Punjab Mental Hospital Lahore 1932-46 - 1932-1946
Year: 1932
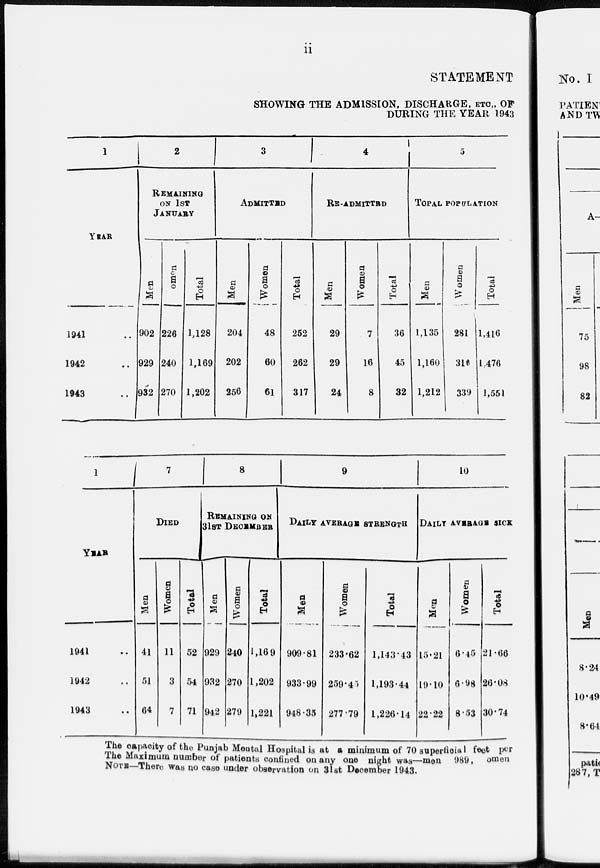
ii
STATEMENT
SHOWING THE ADMISSION, DISCHARGE, ETC., OF
DURING THE YEAR 1943
1
YEAR
1941 ..
1942 ..
1943
..
2
REMAINING
ON 1ST
JANUARY
Men
902
929
932
Women
226
240
270
Total
1,128
1,169
1,202
3
ADMITTED
Men
204
202
256
Women
48
60
61
Total
252
262
317
4
RE-ADMITTED
Men
29
29
24
Women
7
16
8
Total
36
45
32
5
TOTAL POPULATION
Men
1,135
1,160
1,212
Women
281
316
339
Total
1,416
1,476
1,551
1
YEAR
1941 ..
1942 ..
1943 ..
7
DIED
Men
41
51
64
Women
11
3
7
Total
52
54
71
8
REMAINING ON
Men
929
932
942
Women
240
270
279
Total
1,169
1,202
1,221
9
DAILY AVERAGE STRENGTH
Men
909.81
933.99
948.35
Women
233.62
259.45
277.79
Total
1,143.43
1,193.44
1,226.14
10
DAILY AVERAGE SICK
Men
15.21
19.10
22.22
Women
6.45
6.98
8.53
Total
21.66
26.08
30.74
The capacity of the Punjab Mental Hospital is at a minimum of 70 superficial feet per
The Maximum number of patients confined on any one night was—men 989, Women
NOTE—There was no case under observation on 31st December 1943.